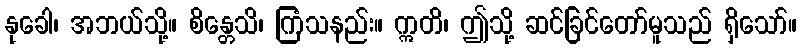
နုခေါ၊ အဘယ်သို့။ စိန္တေသိ၊ ကြံသနည်း။ ဣတိ၊ ဤသို့ ဆင်ခြင်တော်မူသည် ရှိသော်။